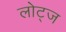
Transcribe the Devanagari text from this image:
लोट्ज